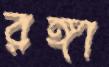
রঙ্গা